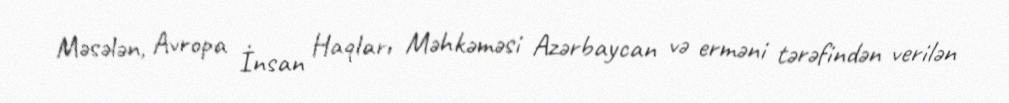
Məsələn, Avropa İnsan Haqları Məhkəməsi Azərbaycan və erməni tərəfindən verilən